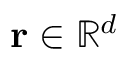
\mathbf { r } \in \mathbb { R } ^ { d }